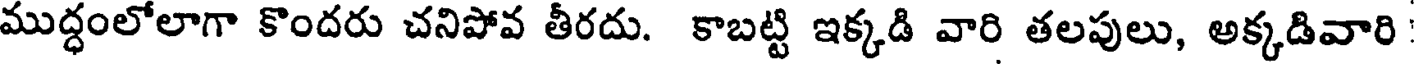
ముద్ధంలోలాగా కొందరు చనిపోవ తీరదు. కాబట్టి ఇక్కడి వారి తలపులు, అక్కడివారి